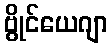
ဗွိုင်ယေဂျာ